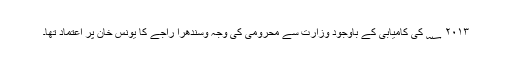
۲۰۱۳ ؁ کی کامیابی کے باوجود وزارت سے محرومی کی وجہ وسندھرا راجے کا یونس خان پر اعتماد تھا۔